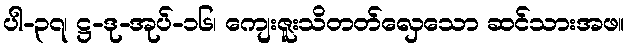
ပါ-၃၇၊ ဋ္ဌ-ဒု-အုပ်-၁၆၊ ကျေးဇူးသိတတ်လှေသော ဆင်သားအဖ။